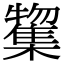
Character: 𭬲